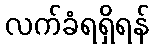
လက်ခံရရှိရန်